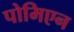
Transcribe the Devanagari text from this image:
पोमिएन